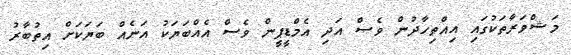
މަޝްވަރާތަކުގައި އިއްތިހާދުން ވެސް އަދި އެމްޑީޕީން ވެސް އެއްބަޔަކު އަނެއް ބަޔަކަށް އިތުބާރު